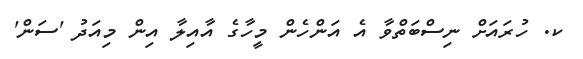
ކ. ހުރައަށް ނިސްބަތްވާ އެ އަންހެން މީހާގެ އާއިލާ އިން މިއަދު 'ސަން'